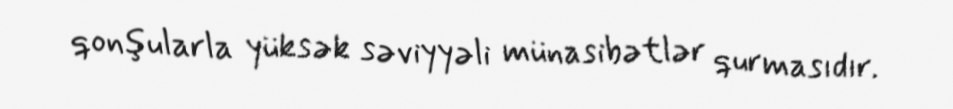
qonşularla yüksək səviyyəli münasibətlər qurmasıdır.